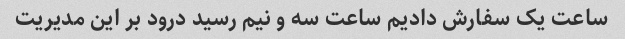
ساعت یک سفارش دادیم ساعت سه و نیم رسید درود بر این مدیریت